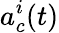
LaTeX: a_{c}^{i}(t)